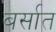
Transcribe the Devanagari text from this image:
बर्सात